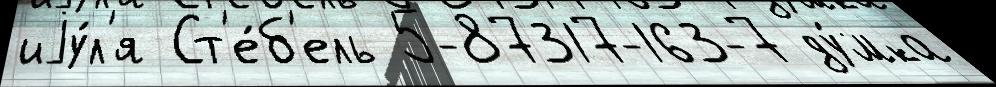
иjу́л'я Ст'е́б'ель 5-87317-163-7 ду́мка